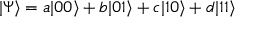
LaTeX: | \Psi \rangle = a | 0 0 \rangle + b | 0 1 \rangle + c | 1 0 \rangle + d | 1 1 \rangle